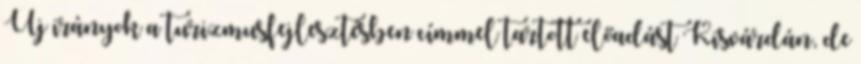
Új irányok a turizmusfejlesztésben címmel tartott előadást Kisvárdán, de